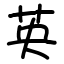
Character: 英